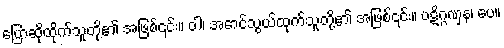
ပြောဆိုထိုက်သူတို့၏ အဖြစ်၎င်း။ ဝါ၊ အောင်သွယ်ထုက်သူတို့၏ အဖြစ်၎င်း။ ပဋိဂ္ဂဏှန၊ ပေ။